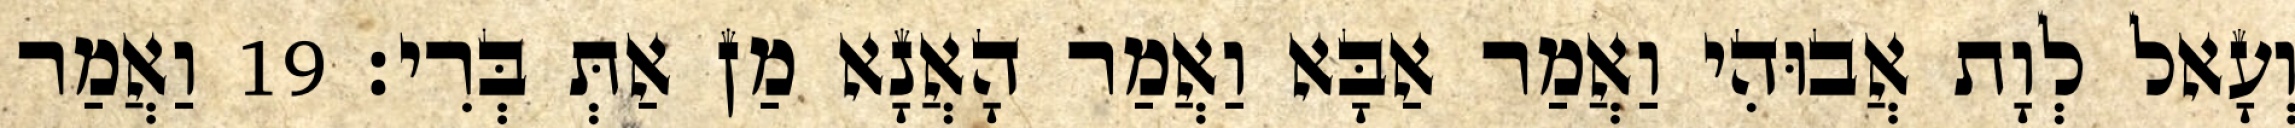
וְעָאל לְוָת אֲבוּהִי וַאֲמַר אַבָּא וַאֲמַר הָאֲנָא מַן אַתְּ בְּרִי׃ 19 וַאֲמַר